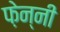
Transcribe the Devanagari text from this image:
फ़ेन्नी